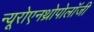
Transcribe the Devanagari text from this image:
न्यूरोएनथ्रोपोलॉजी